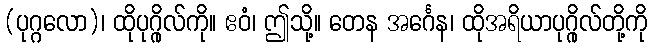
(ပုဂ္ဂလော)၊ ထိုပုဂ္ဂိုလ်ကို။ ဧဝံ၊ ဤသို့။ တေန အင်္ဂေန၊ ထိုအရိယာပုဂ္ဂိုလ်တို့ကို